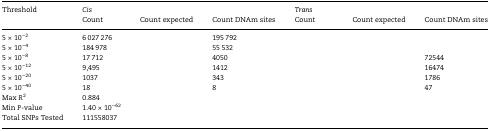
<table><thead><tr><td rowspan="2"><b>Threshold</b></td><td colspan="3"><b><i>Cis</i></b></td><td colspan="3"><b><i>Trans</i></b></td></tr><tr><td><b>Count</b></td><td><b>Count expected</b></td><td><b>Count DNAm sites</b></td><td><b>Count</b></td><td><b>Count expected</b></td><td><b>Count DNAm sites</b></td></tr></thead><tbody><tr><td>5 × 10<sup>−2</sup></td><td>6 027 276</td><td>[EMPTY_CELL]</td><td>195 792</td><td>[EMPTY_CELL]</td><td>[EMPTY_CELL]</td><td>[EMPTY_CELL]</td></tr><tr><td>5 × 10<sup>−4</sup></td><td>184 978</td><td>[EMPTY_CELL]</td><td>55 532</td><td>[EMPTY_CELL]</td><td>[EMPTY_CELL]</td><td>[EMPTY_CELL]</td></tr><tr><td>5 × 10<sup>−8</sup></td><td>17 712</td><td>[EMPTY_CELL]</td><td>4050</td><td>[EMPTY_CELL]</td><td>[EMPTY_CELL]</td><td>72544</td></tr><tr><td>5 × 10<sup>−12</sup></td><td>9,495</td><td>[EMPTY_CELL]</td><td>1412</td><td>[EMPTY_CELL]</td><td>[EMPTY_CELL]</td><td>16474</td></tr><tr><td>5 × 10<sup>−20</sup></td><td>1037</td><td>[EMPTY_CELL]</td><td>343</td><td>[EMPTY_CELL]</td><td>[EMPTY_CELL]</td><td>1786</td></tr><tr><td>5 × 10<sup>−40</sup></td><td>18</td><td>[EMPTY_CELL]</td><td>8</td><td>[EMPTY_CELL]</td><td>[EMPTY_CELL]</td><td>47</td></tr><tr><td>Max <i>R</i><sup>2</sup></td><td>0.884</td><td>[EMPTY_CELL]</td><td>[EMPTY_CELL]</td><td>[EMPTY_CELL]</td><td>[EMPTY_CELL]</td><td>[EMPTY_CELL]</td></tr><tr><td>Min <i>P</i>-value</td><td>1.40 × 10<sup>−62</sup></td><td>[EMPTY_CELL]</td><td>[EMPTY_CELL]</td><td>[EMPTY_CELL]</td><td>[EMPTY_CELL]</td><td>[EMPTY_CELL]</td></tr><tr><td>Total SNPs Tested</td><td>111558037</td><td>[EMPTY_CELL]</td><td>[EMPTY_CELL]</td><td>[EMPTY_CELL]</td><td>[EMPTY_CELL]</td><td>[EMPTY_CELL]</td></tr></tbody></table>